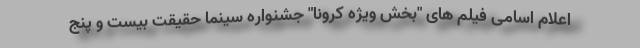
اعلام اسامی فیلم های "بخش ویژه کرونا" جشنواره سینما حقیقت بیست و پنج